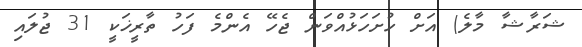
ޝަރާޝާ މާލެ) އަށް ހުށަހަޅުއްވަން ޖެހޭ އެންމެ ފަހު ތާރީޚަކީ 31 ޖުލައި